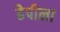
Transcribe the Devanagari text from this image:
ढेपीला